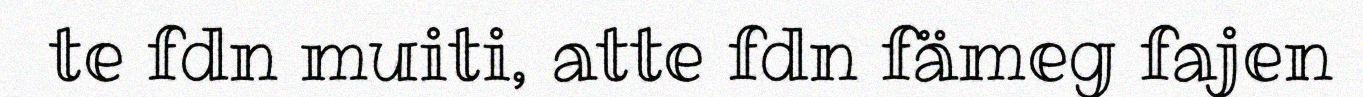
te fdn muiti, atte fdn fämeg fajen